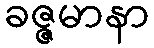
ခဇ္ဇမာနာ